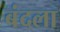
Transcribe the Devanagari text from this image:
बंदला